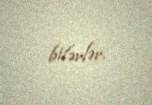
bilərlər.